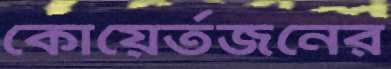
কোয়ের্তজনের